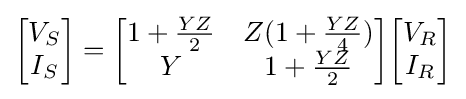
{\begin{bmatrix}V_{S}\\I_{S}\\\end{bmatrix}}={\begin{bmatrix}1+{\frac {YZ}{2}}&Z(1+{\frac {YZ}{4}})\\Y&1+{\frac {YZ}{2}}\end{bmatrix}}{\begin{bmatrix}V_{R}\\I_{R}\\\end{bmatrix}}